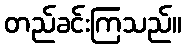
တည်ခင်းကြသည်။